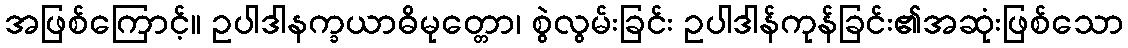
အဖြစ်ကြောင့်။ ဥပါဒါနက္ခယာဓိမုတ္တော၊ စွဲလွမ်းခြင်း ဥပါဒါန်ကုန်ခြင်း၏အဆုံးဖြစ်သော